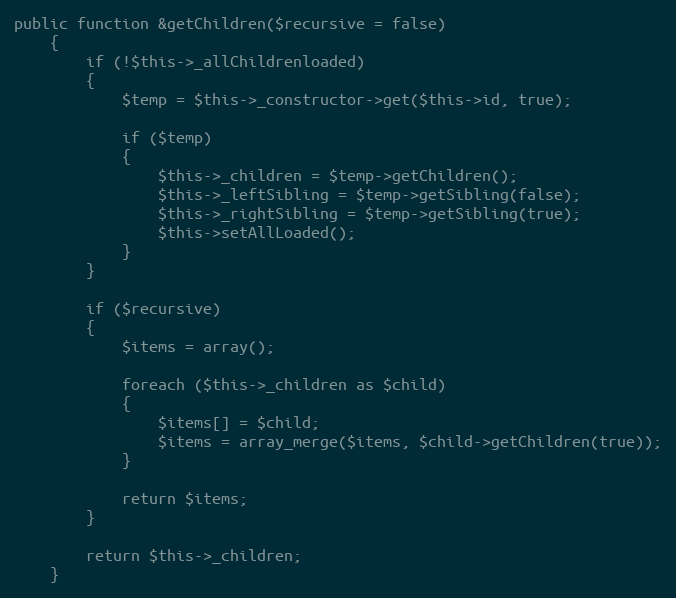
Language: PHP
public function &getChildren($recursive = false)
	{
		if (!$this->_allChildrenloaded)
		{
			$temp = $this->_constructor->get($this->id, true);

			if ($temp)
			{
				$this->_children = $temp->getChildren();
				$this->_leftSibling = $temp->getSibling(false);
				$this->_rightSibling = $temp->getSibling(true);
				$this->setAllLoaded();
			}
		}

		if ($recursive)
		{
			$items = array();

			foreach ($this->_children as $child)
			{
				$items[] = $child;
				$items = array_merge($items, $child->getChildren(true));
			}

			return $items;
		}

		return $this->_children;
	}